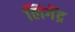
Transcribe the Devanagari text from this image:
लिगेंद्र